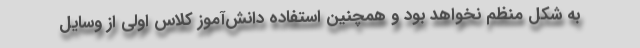
به شکل منظم نخواهد بود و همچنین استفاده دانش‌آموز کلاس اولی از وسایل